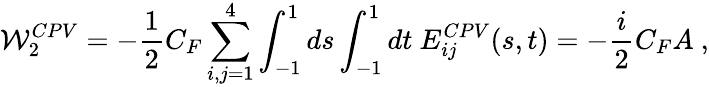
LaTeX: {\cal W}_{2}^{CPV}=-{\frac{1}{2}}C_{F}\sum_{i,j=1}^{4}\int_{-1}^{1}ds\int_{-1}^{1}dt\ E_{ij}^{CPV}(s,t)=-{\frac{i}{2}}C_{F}A\ ,